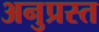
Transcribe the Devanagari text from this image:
अनुप्रस्त